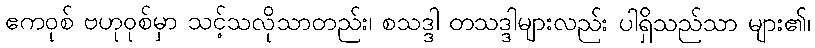
ဧကဝုစ် ဗဟုဝုစ်မှာ သင့်သလိုသာတည်း၊ စသဒ္ဒါ တသဒ္ဒါများလည်း ပါရှိသည်သာ များ၏၊